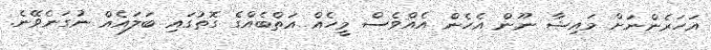
އަހަރެންނަށް މައިޝާ ނޫން އެހެން އެއްވެސް މީހެއް އަތްބެއްގެ ގޮތުގައި ބަލައެއް ނުގަނެވޭނެ.